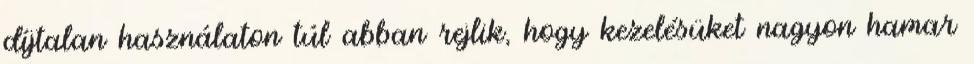
díjtalan használaton túl abban rejlik, hogy kezelésüket nagyon hamar